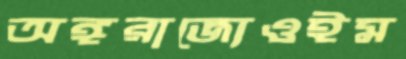
অঙ্গরাজ্যেওইম